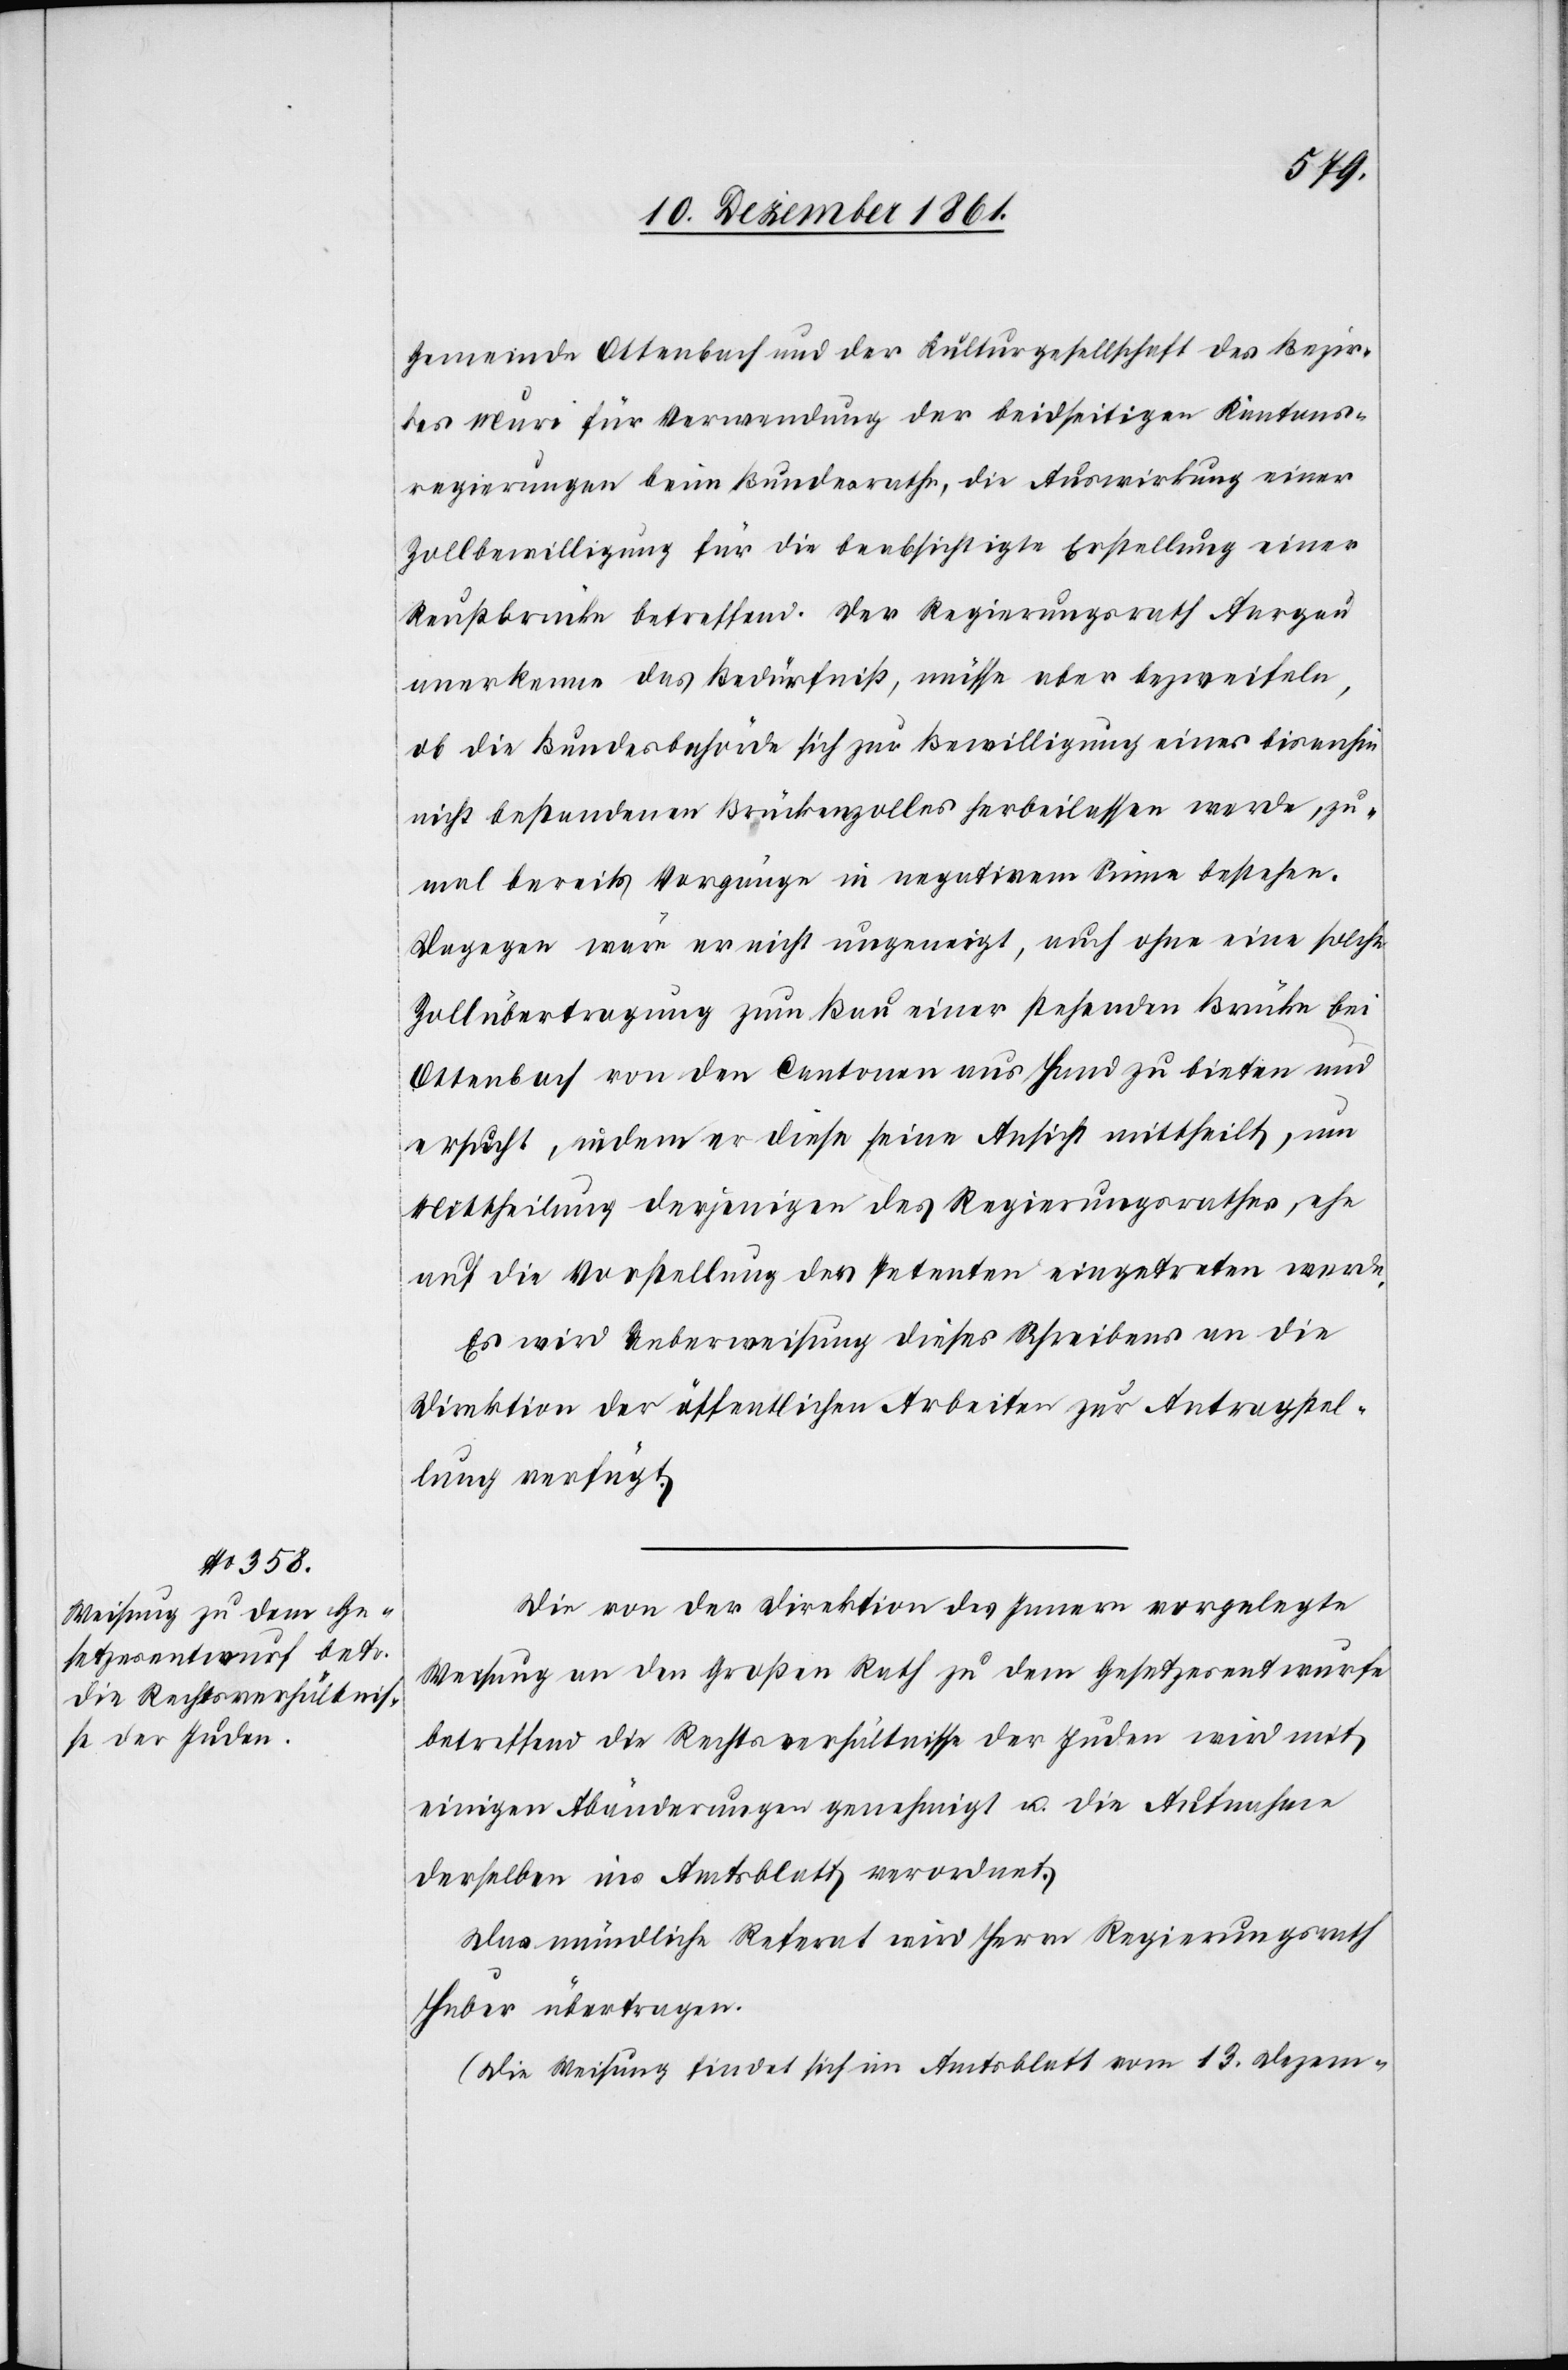
Gemeinde Ottenbach und der Kulturgesellschaft des Bezir¬
kes Muri für Verwendung der beidseitigen Kantons¬
regierungen beim Bundesrathe, die Auswirkung einer
Zollbewilligung für die beabsichtigte Erstellung einer
Reußbrücke betreffend. Der Regierungsrath Aargau
anerkenne das Bedürfniß, müsse aber bezweifeln,
ob die Bundesbehörde sich zur Bewilligung eines bisanhin
nicht bestandenen Brückenzolles herbeilassen werde, zu¬
mal bereits Vorgänge in negativem Sinne bestehen.
Dagegen wäre er nicht ungeneigt, auch ohne eine solche
Zollübertragung zum Bau einer stehenden Brücke bei
Ottenbach von den Cantonen aus Hand zu bieten und
ersucht, indem er diese seine Ansicht mittheilt, um
Mittheilung derjenigen des Regierungsrathes, ehe
auf die Vorstellung des Petenten eingetreten werde.
Es wird Ueberweisung dieses Schreibens an die
Direktion der öffentlichen Arbeiten zur Antragstel¬
lung verfügt.
Die von der Direktion des Innern vorgelegte
Weisung an den Großen Rath zu dem Gesetzesentwurfe
betreffend die Rechtsverhältnisse der Juden wird mit
einigen Abänderungen genehmigt u. die Aufnahme
derselben ins Amtsblatt verordnet.
Das mündliche Referat wird Herrn Regierungsrath
Huber übertragen.
(Die Weisung findet sich im Amtsblatt vom 13 Dezem-